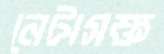
নেটাসক্ত